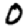
Digit: 0